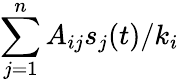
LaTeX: \sum_{j=1}^{n}A_{ij}s_{j}(t)/{k_{i}}